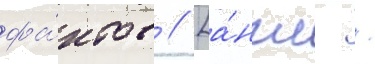
фа́ктов // [а́нгл. /